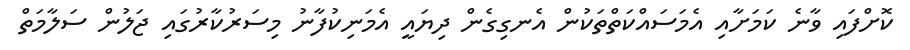
ކޮށްފައި ވާނެ ކަމަށާއި އެމަސައްކަތްތަކުން އެނގިގެން ދިޔައީ އެމަނިކުފާނު މިސަރުކާރުގައި ޖަލުން ސަލާމަތް